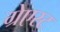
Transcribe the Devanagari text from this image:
ग्रेएस्ट